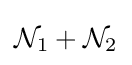
{\mathcal {N}}_{1}+{\mathcal {N}}_{2}